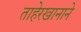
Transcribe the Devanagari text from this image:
ताहेरखानाने